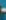
-